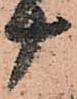
十